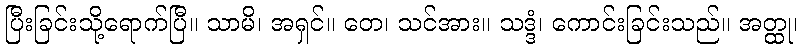
ပြီးခြင်းသို့ရောက်ပြီ။ သာမိ၊ အရှင်။ တေ၊ သင်အား။ သဒ္ဒံ၊ ကောင်းခြင်းသည်။ အတ္ထု၊